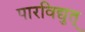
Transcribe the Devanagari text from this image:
पारविद्युत्